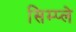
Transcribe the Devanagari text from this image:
सिम्प्ले